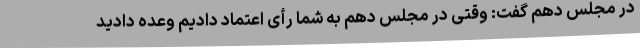
در مجلس دهم گفت: وقتی در مجلس دهم به شما رأی اعتماد دادیم وعده دادید